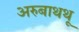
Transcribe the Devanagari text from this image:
अरुबाथथू